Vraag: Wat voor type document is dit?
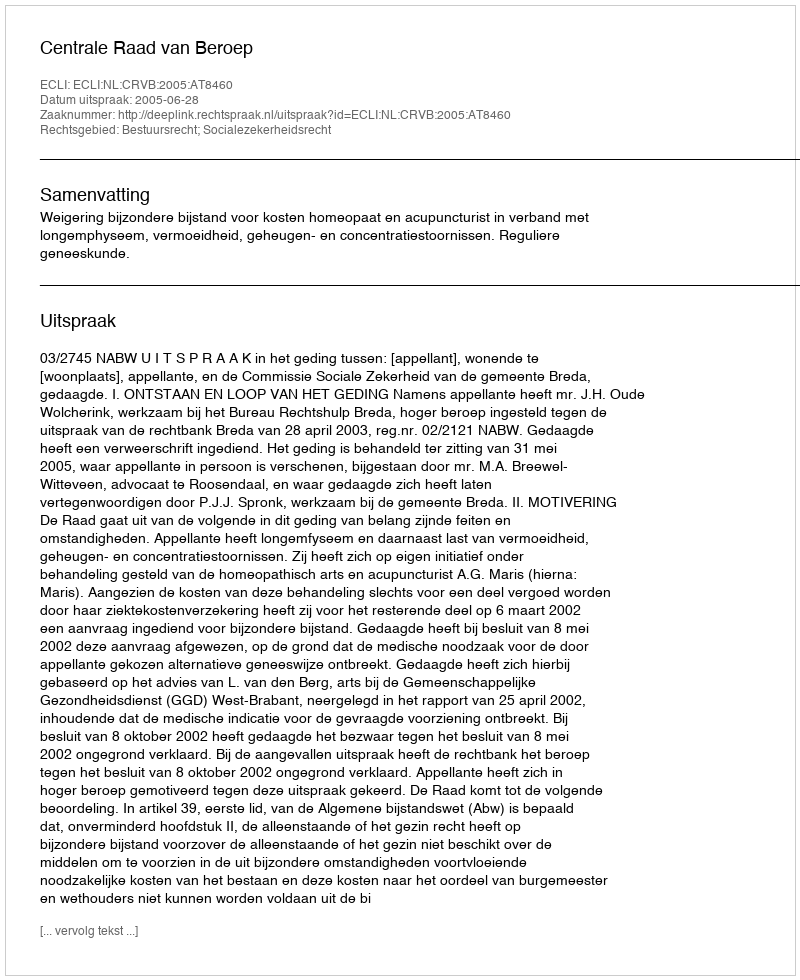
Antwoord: Uitspraak